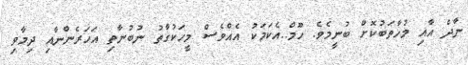
ނާދް އާއި މުހާތަބުކޮށް ބުނީމެވެ. ހޫމް..އެކަމަކު އެއްވެސް މީހަކުގާތު ނުބުނާތި އަހަރެންނާއި ދިމާވި